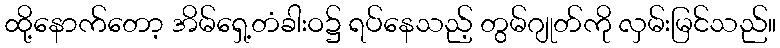
ထို့နောက်တော့ အိမ်ရှေ့တံခါးဝ၌ ရပ်နေသည့် တွမ်ဂျုတ်ကို လှမ်းမြင်သည်။